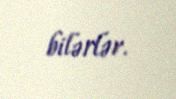
bilərlər.